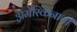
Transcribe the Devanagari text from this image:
अमेरिकनाची